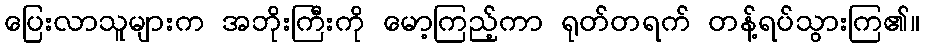
ပြေးလာသူများက အဘိုးကြီးကို မော့ကြည့်ကာ ရုတ်တရက် တန့်ရပ်သွားကြ၏။